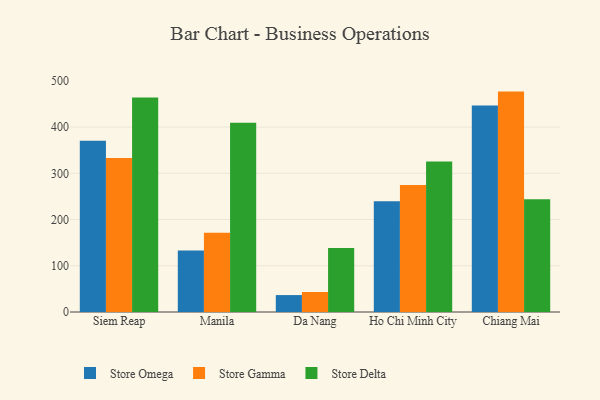
{"axis": {"x": "City", "y": "Temperature (°C)"}, "legend": ["Store Delta", "Store Gamma", "Store Omega"], "data": [{"x": "Siem Reap", "y": 370.2, "type": "Store Omega"}, {"x": "Siem Reap", "y": 332.9, "type": "Store Gamma"}, {"x": "Siem Reap", "y": 463.7, "type": "Store Delta"}, {"x": "Manila", "y": 132.9, "type": "Store Omega"}, {"x": "Manila", "y": 171.5, "type": "Store Gamma"}, {"x": "Manila", "y": 409.5, "type": "Store Delta"}, {"x": "Da Nang", "y": 36.6, "type": "Store Omega"}, {"x": "Da Nang", "y": 43.3, "type": "Store Gamma"}, {"x": "Da Nang", "y": 138.2, "type": "Store Delta"}, {"x": "Ho Chi Minh City", "y": 239.4, "type": "Store Omega"}, {"x": "Ho Chi Minh City", "y": 274.9, "type": "Store Gamma"}, {"x": "Ho Chi Minh City", "y": 325.5, "type": "Store Delta"}, {"x": "Chiang Mai", "y": 446.6, "type": "Store Omega"}, {"x": "Chiang Mai", "y": 476.7, "type": "Store Gamma"}, {"x": "Chiang Mai", "y": 244.0, "type": "Store Delta"}]}